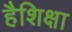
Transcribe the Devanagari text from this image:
हैशिक्षा